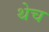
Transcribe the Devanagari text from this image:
थेच